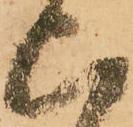
上